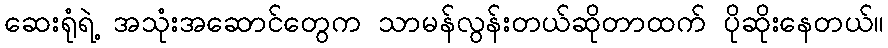
ဆေးရုံရဲ့ အသုံးအဆောင်တွေက သာမန်လွန်းတယ်ဆိုတာထက် ပိုဆိုးနေတယ်။